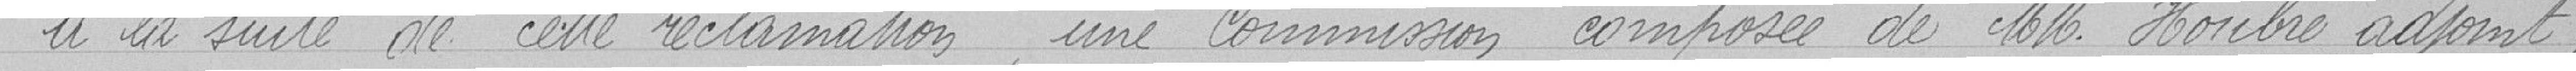
A la suite de cette réclamation une commission composée de MM. Houbre adjoint,